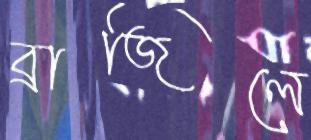
ব্রাজিলে